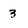
Character: 3